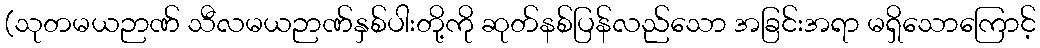
(သုတမယဉာဏ် သီလမယဉာဏ်နှစ်ပါးတို့ကို ဆုတ်နစ်ပြန်လည်သော အခြင်းအရာ မရှိသောကြောင့်